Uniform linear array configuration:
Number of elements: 4
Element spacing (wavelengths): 1
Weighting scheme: uniform
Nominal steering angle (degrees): -30
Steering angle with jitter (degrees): -31.629
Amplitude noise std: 0.05
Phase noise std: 0.05

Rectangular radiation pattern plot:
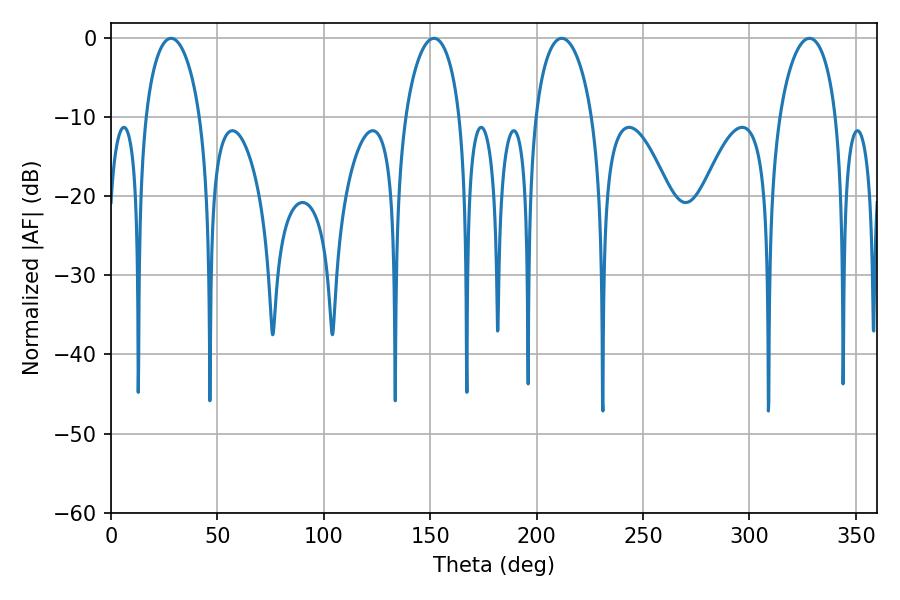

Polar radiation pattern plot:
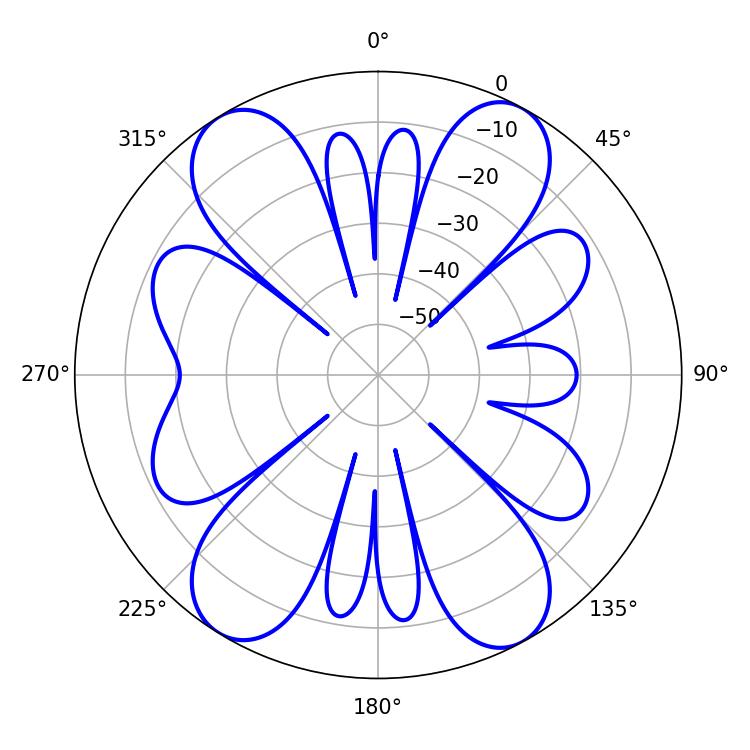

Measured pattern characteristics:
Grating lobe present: TRUE
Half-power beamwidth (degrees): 14.76
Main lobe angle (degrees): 28.26